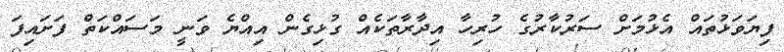
ފިޔަވަޅުތައް އެޅުމަށް ސަރުކާރުގެ ހުރިހާ އިދާރާތަކެއް ގުޅިގެން އިއްޔެ ވަނީ މަސައްކަތް ފަށައިފަ